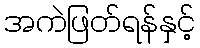
အကဲဖြတ်ရန်နှင့်